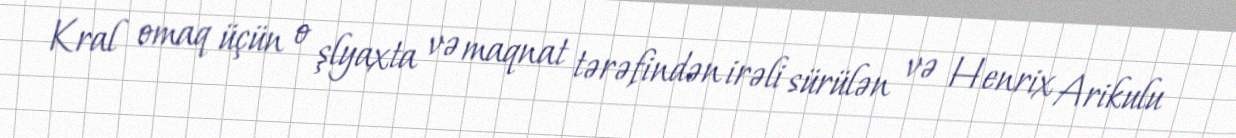
Kral omaq üçün o şlyaxta və maqnat tərəfindən irəli sürülən və Henrix Arikulu